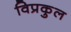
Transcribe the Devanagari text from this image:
विप्रकुल